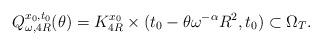
LaTeX: \begin{align*}Q^{x_0, t_0}_{\omega, 4R}(\theta) = K^{x_0}_{4R} \times (t_0 -\theta \omega^{-\alpha}R^2, t_0 ) \subset \Omega_{T}.\end{align*}